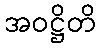
အဝဋ္ဌိတိ